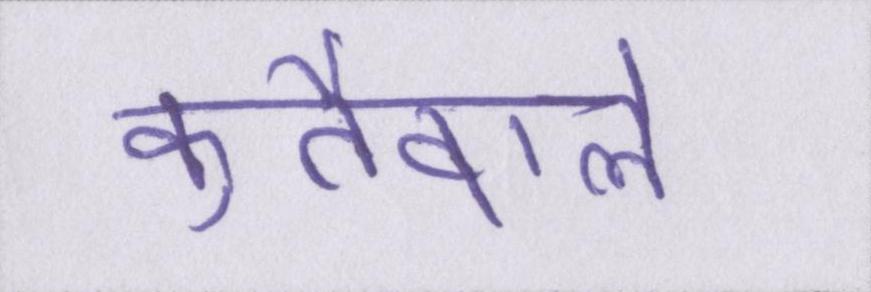
कुर्तेवाले